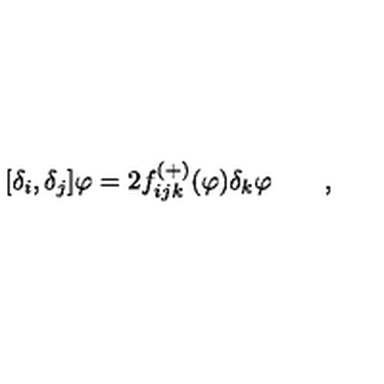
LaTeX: \lbrack \delta _ { i } , \delta _ { j } ] \varphi = 2 f _ { i j k } ^ { \left( + \right) } ( \varphi ) \delta _ { k } \varphi \qquad ,